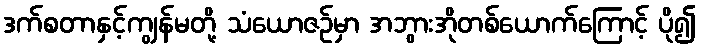
ဒက်စတာနှင့်ကျွန်မတို့ သံယောဇဉ်မှာ အဘွားအိုတစ်ယောက်ကြောင့် ပို၍